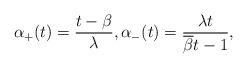
LaTeX: \begin{align*}\alpha_+(t)=\frac{t-\beta}{\lambda}, \alpha_-(t)=\frac{\lambda t}{\overline{\beta} t-1},\end{align*}